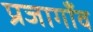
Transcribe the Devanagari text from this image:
प्रजागाँव